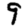
Digit: 9